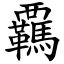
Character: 覊